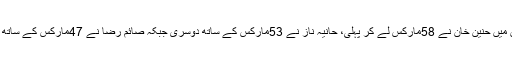
یلو اسٹرپ بیلٹ کے امتحان میں حنین خان نے 58مارکس لے کر پہلی، حانیہ ناز نے 53مارکس کے ساتھ دوسری جبکہ صائم رضا نے 47مارکس کے ساتھ تیسری پوزیشن حاصل کی۔